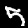
Digit: 5